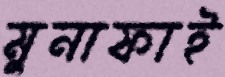
মুনাফাই